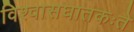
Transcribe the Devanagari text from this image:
विश्वासघातकःते